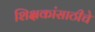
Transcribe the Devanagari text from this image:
शिक्षकांसाठीचे